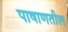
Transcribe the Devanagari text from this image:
पाषाणतील